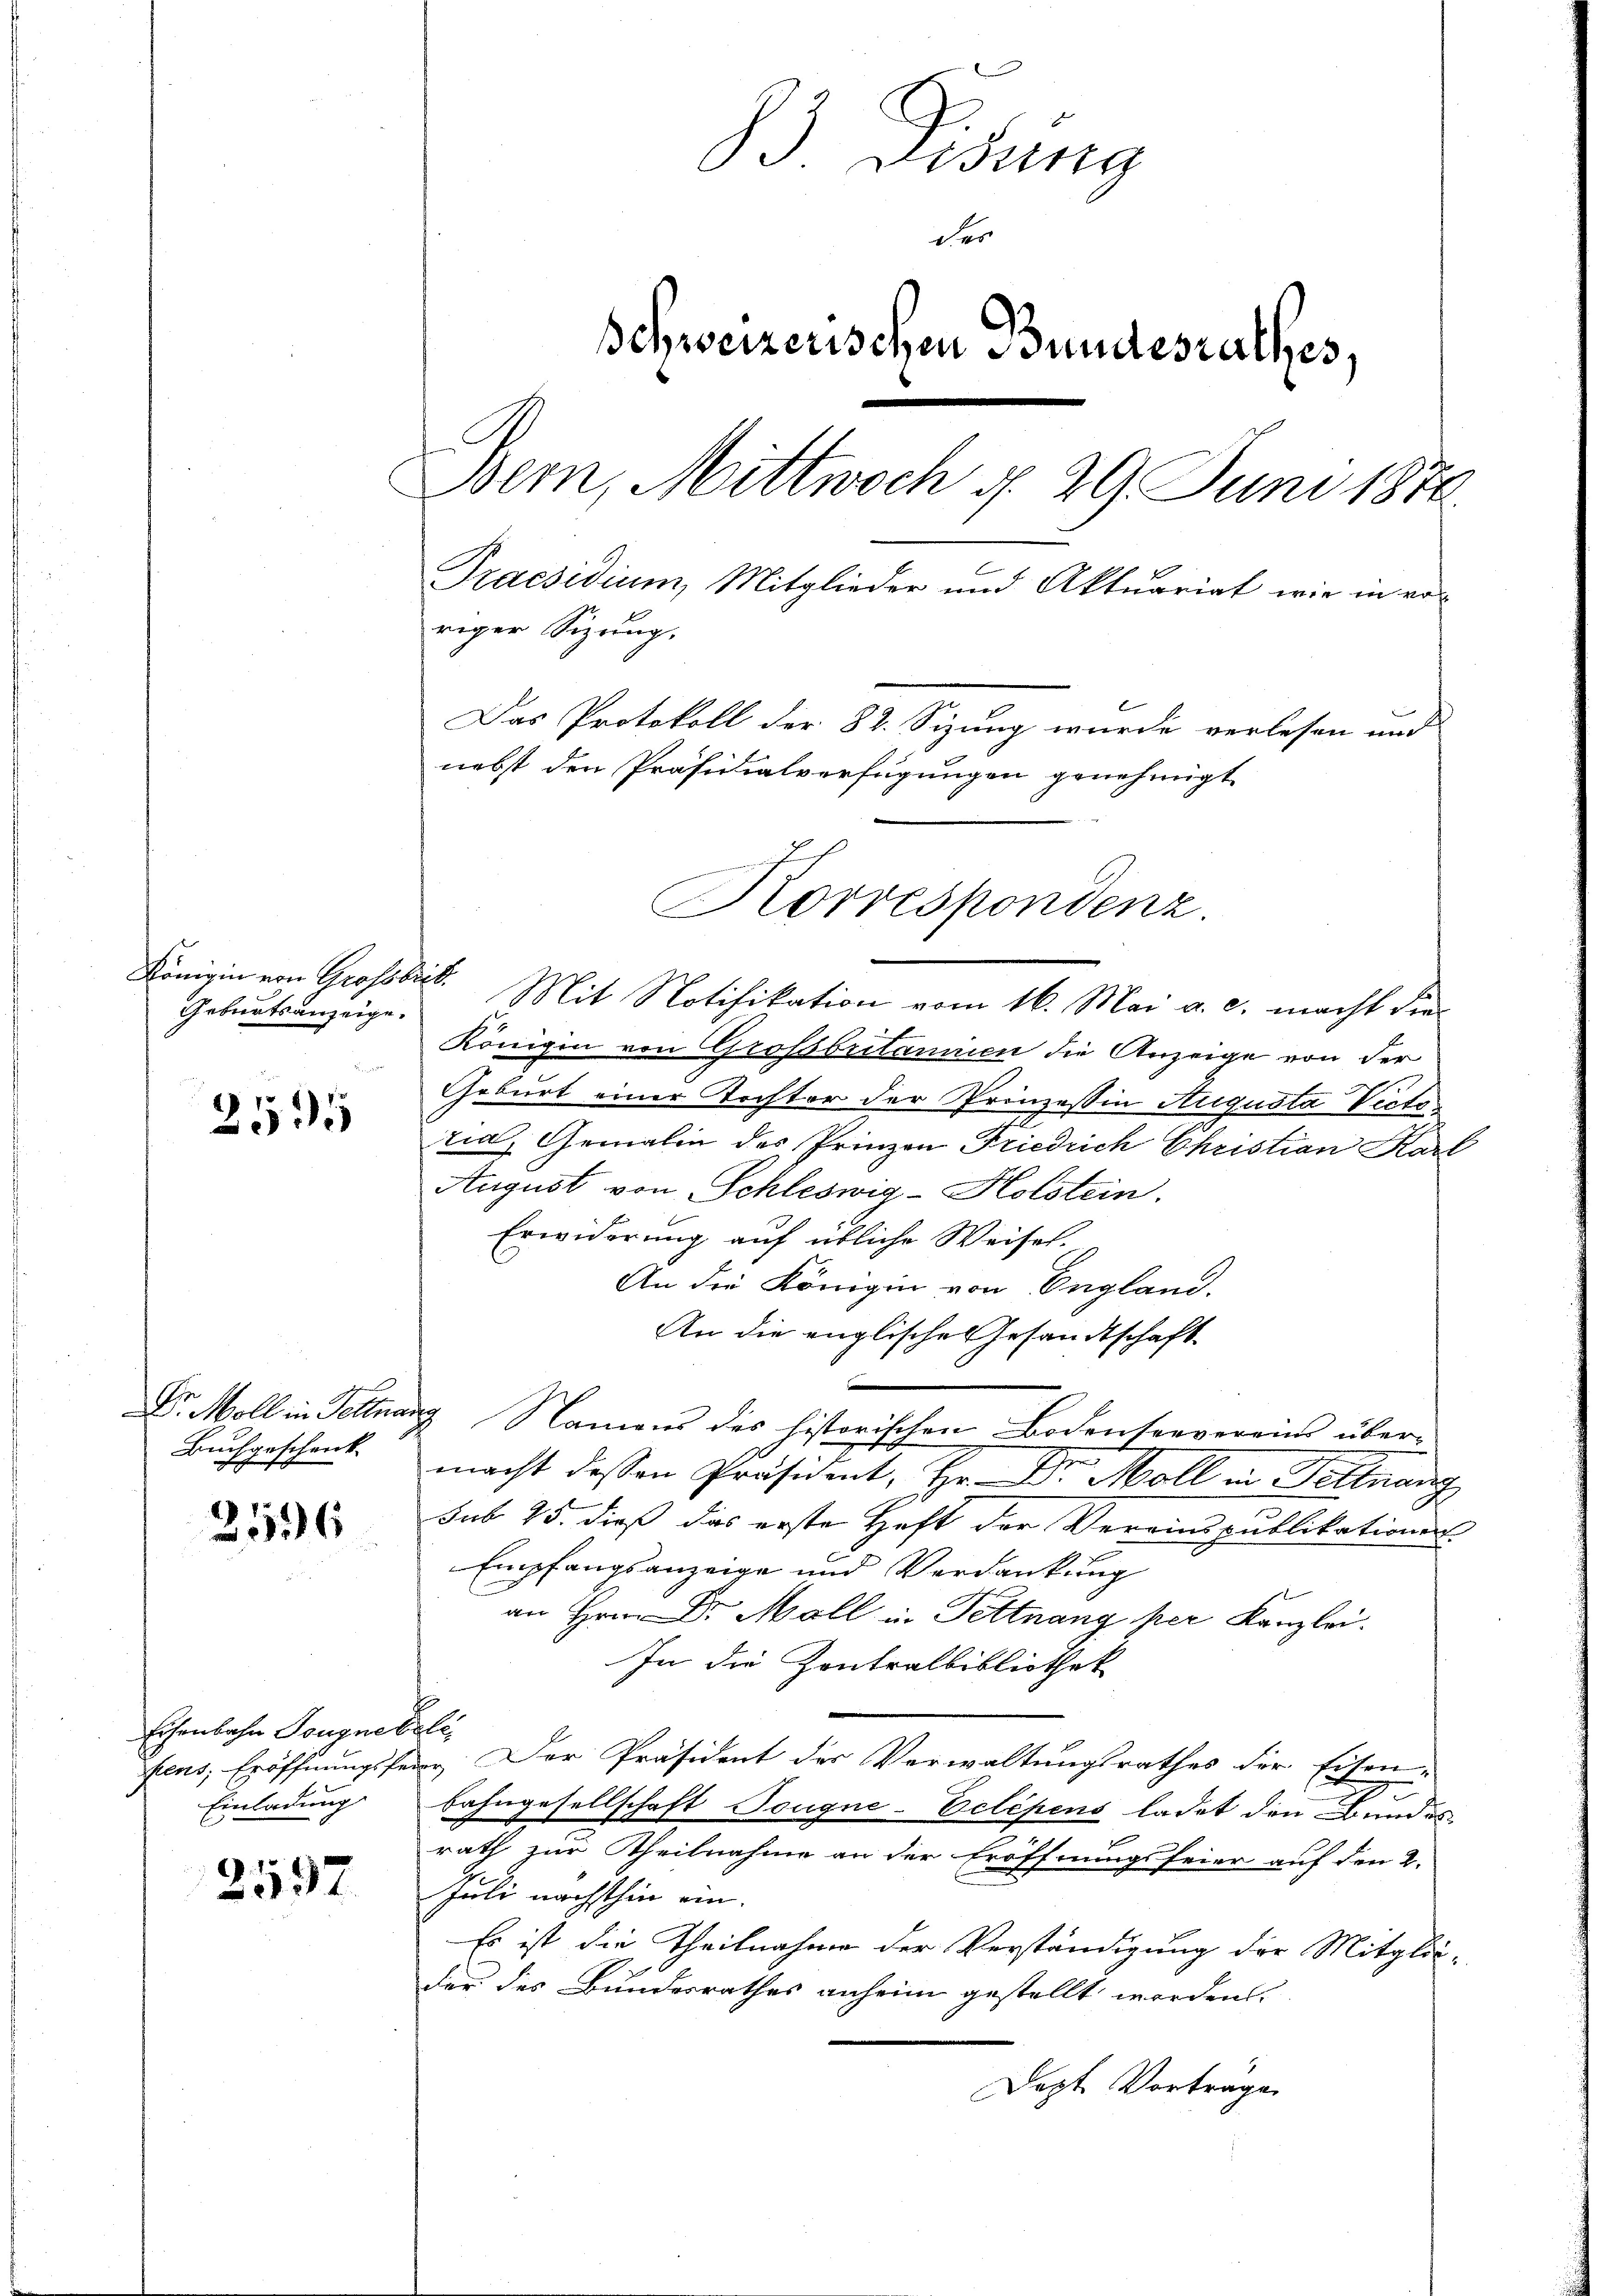
Geburtsanzeige.

2595

Buchgeschenk

2596

Eisenbahn Longnebeli
Einladung

2597

Visung
der
Schweizerischen Bundesrathes,
Bern, Mittwoch d. 29. Juni 1876.
Praesidium, Mitglieder und Aktuariat wie in er-
riger Sitzung.
Das Protokoll der 82. Sizung wurde verlesen und
nebst den Präsidialverfügungen genehmigt
Korrespondenz.

Königin von Grossbritannien die Anzeige von der
Geburt einer Tochter der Prinzessin Augusta Victorias Gemein des Prinzon Friedrich Christian Karl
August von Schleswig-Holstein.
Erwiderung auf übliche Weisel-
An die Königin von England.
An die englische Gesandtschaft
.
Dr Moll in Fettwang Namens des historischen Bodenseevereins übermacht dessen Präsident, Hr. Dr. Moll in Pettnau
sub 25. dieß das erste Haft der Vereinspublikationen
Empfangsanzeige und Verdankung
an Hrn. Dr. Mall in Fettnang per Kanzlei.
In die Zontralbibliothek
fens, Eröffnungsfeig. Der Präsident der Verwaltungsrathes der Eisen-
Bahngesellschaft Tougne-Eclépens ladet den Bundes
rath zur Theilnahme an der Eröffnungsfeier auf den 2.
Juli nächsthin ein.
Es ist die Theilnahme der Verständigung der Mitglie-
der des Bundesrathes anheim gestellt worden.
Jezt Vortrage

Königin von Grossbeck. Mit Notifikation vom 16. Mai a. c. macht die